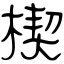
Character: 楔